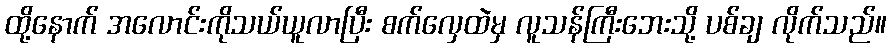
ထို့နောက် အလောင်းကိုသယ်ယူလာပြီး စက်လှေထဲမှ လူသန်ကြီးဘေးသို့ ပစ်ချ လိုက်သည်။